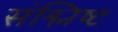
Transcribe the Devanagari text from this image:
संश्लिष्‍ट